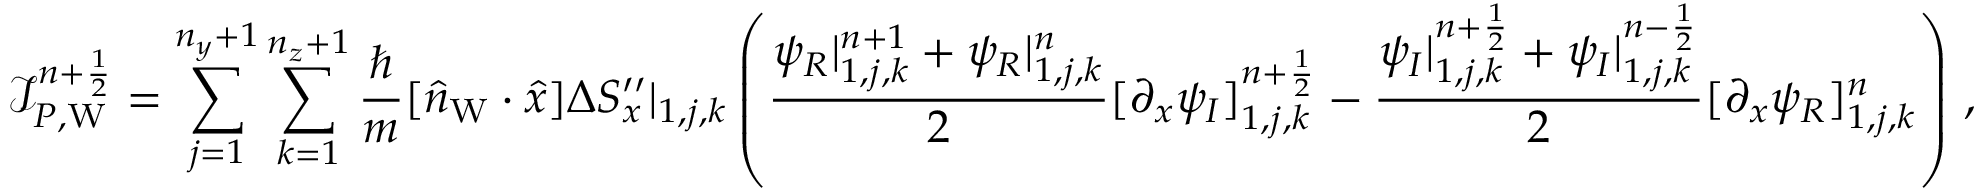
\mathcal I _ { P , \mathrm { W } } ^ { n + \frac 1 2 } = \sum _ { j = 1 } ^ { n _ { y } + 1 } \sum _ { k = 1 } ^ { n _ { z } + 1 } \frac { \hbar } { m } [ \hat { n } _ { \mathrm { W } } \cdot \hat { x } ] \Delta S _ { x } ^ { \prime \prime } | _ { 1 , j , k } \left( \frac { \psi _ { R } | _ { 1 , j , k } ^ { n + 1 } + \psi _ { R } | _ { 1 , j , k } ^ { n } } { 2 } [ \partial _ { x } \psi _ { I } ] _ { 1 , j , k } ^ { n + \frac 1 2 } - \frac { \psi _ { I } | _ { 1 , j , k } ^ { n + \frac 1 2 } + \psi _ { I } | _ { 1 , j , k } ^ { n - \frac 1 2 } } { 2 } [ \partial _ { x } \psi _ { R } ] _ { 1 , j , k } ^ { n } \right) \, ,